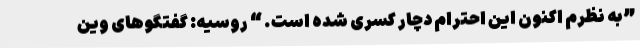
”به نظرم اکنون این احترام دچار کسری شده است. “ روسیه: گفتگوهای وین